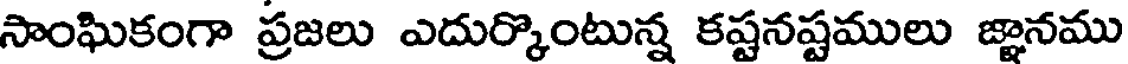
సాంఘికంగా ప్రజలు ఎదుర్కొంటున్న కష్టనష్టములు జ్ఞానము